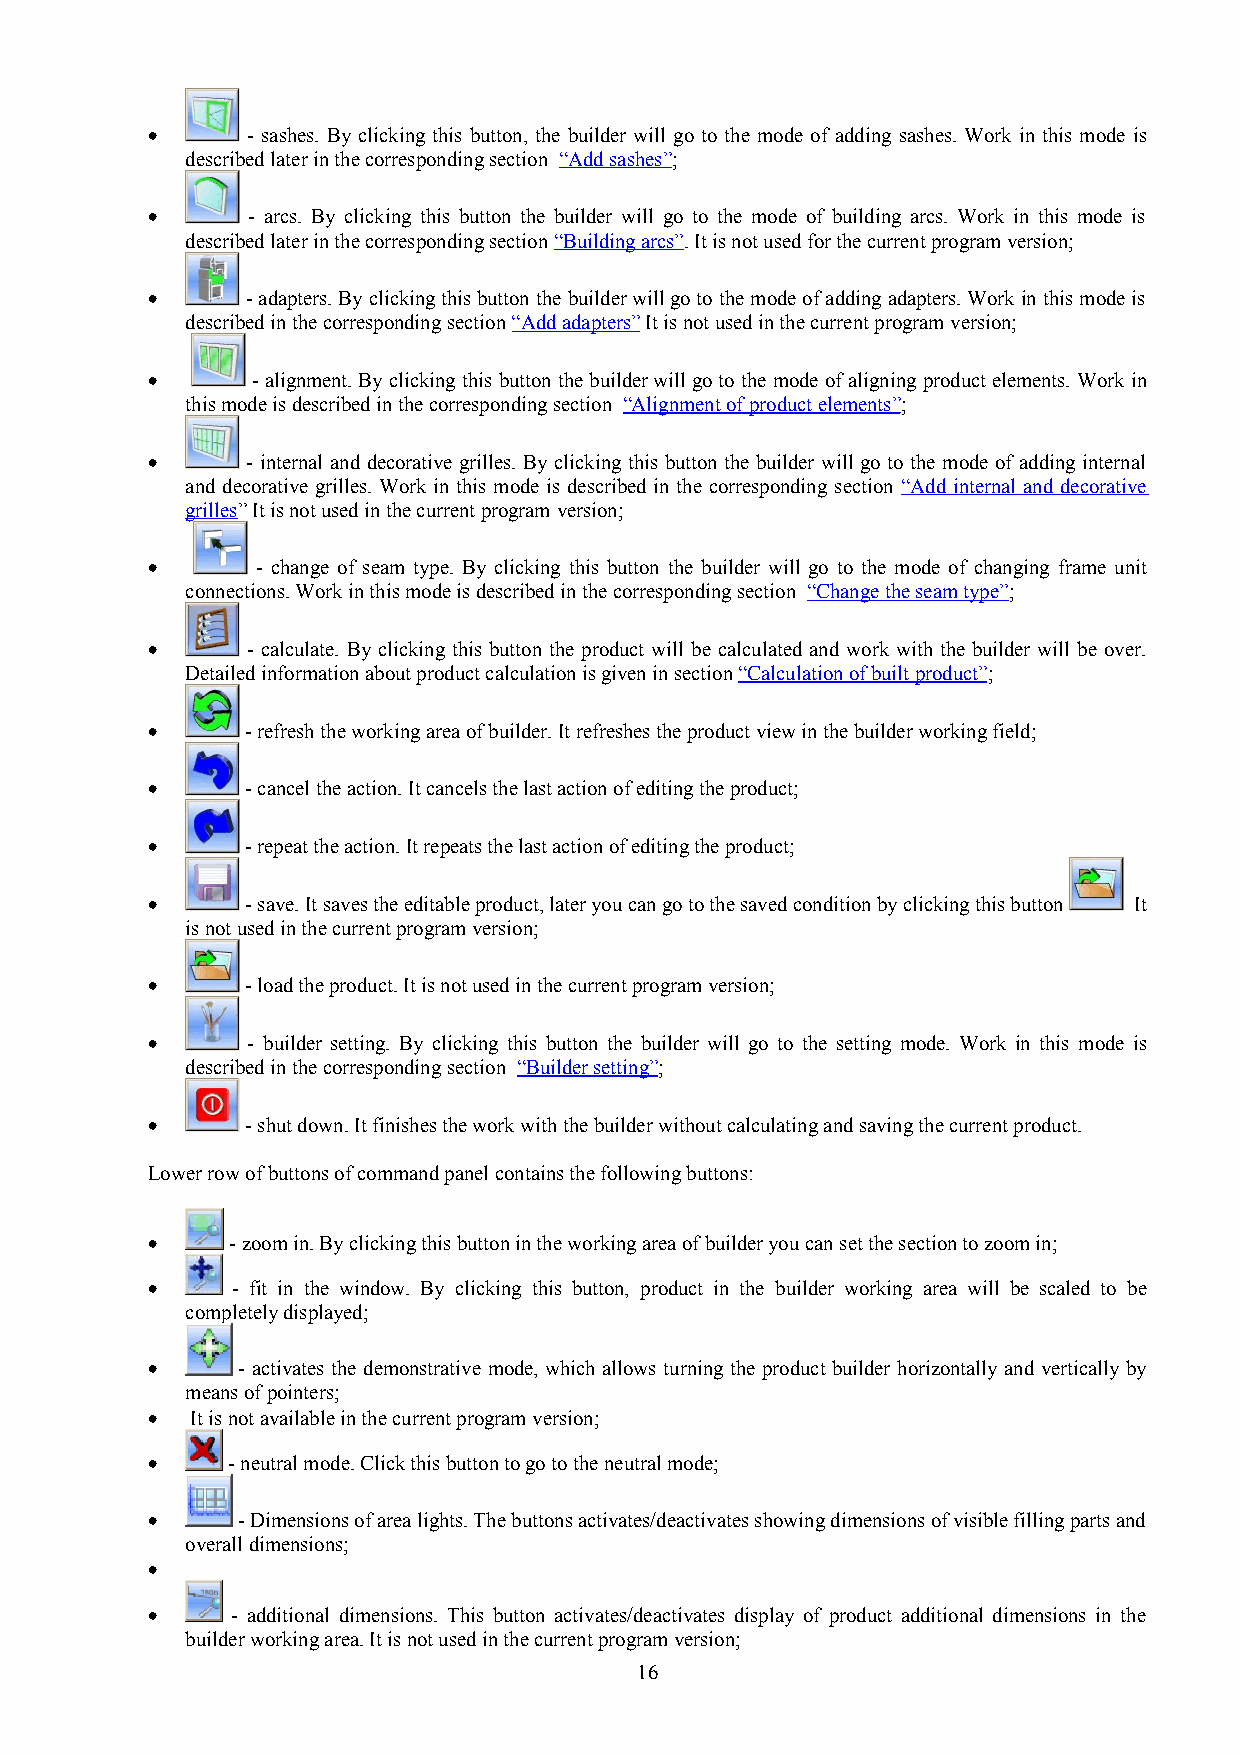
•     - sashes. By clicking this button, the builder will go to the mode of adding sashes. Work in this mode is
 described later in the corresponding section “Add sashes”;
 •     - arcs. By clicking this button the builder will go to the mode of building arcs. Work in this mode is
 described later in the corresponding section “Building arcs”. It is not used for the current program version;
 •     - adapters. By clicking this button the builder will go to the mode of adding adapters. Work in this mode is
 described in the corresponding section “Add adapters” It is not used in the current program version;
 •      - alignment. By clicking this button the builder will go to the mode of aligning product elements. Work in
 this mode is described in the corresponding section “Alignment of product elements”;
 •     - internal and decorative grilles. By clicking this button the builder will go to the mode of adding internal
 and decorative grilles. Work in this mode is described in the corresponding section “Add internal and decorative
 grilles” It is not used in the current program version;
 •      - change of seam type. By clicking this button the builder will go to the mode of changing frame unit
 connections. Work in this mode is described in the corresponding section “Change the seam type”;
 •     - calculate. By clicking this button the product will be calculated and work with the builder will be over.
 Detailed information about product calculation is given in section “Calculation of built product”;
 •     - refresh the working area of builder. It refreshes the product view in the builder working field;
 •     - cancel the action. It cancels the last action of editing the product;
 •     - repeat the action. It repeats the last action of editing the product;
 •     - save. It saves the editable product, later you can go to the saved condition by clicking this button It
 is not used in the current program version;
 •     - load the product. It is not used in the current program version;
 •     - builder setting. By clicking this button the builder will go to the setting mode. Work in this mode is
 described in the corresponding section “Builder setting”;
 •     - shut down. It finishes the work with the builder without calculating and saving the current product.
 Lower row of buttons of command panel contains the following buttons:
 •    - zoom in. By clicking this button in the working area of builder you can set the section to zoom in;
 •    - fit in the window. By clicking this button, product in the builder working area will be scaled to be
 completely displayed;
 •     - activates the demonstrative mode, which allows turning the product builder horizontally and vertically by
 means of pointers;
 •  It is not available in the current program version;
 •    - neutral mode. Click this button to go to the neutral mode;
 •     - Dimensions of area lights. The buttons activates/deactivates showing dimensions of visible filling parts and
 overall dimensions;
 •
 •    - additional dimensions. This button activates/deactivates display of product additional dimensions in the
 builder working area. It is not used in the current program version;
 16